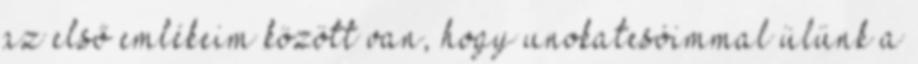
az első emlékeim között van, hogy unokatesóimmal ülünk a